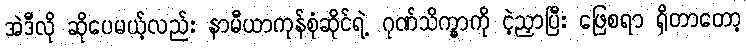
အဲဒီလို ဆိုပေမယ့်လည်း နာမီယာကုန်စုံဆိုင်ရဲ့ ဂုဏ်သိက္ခာကို ငဲ့ညှာပြီး ဖြေစရာ ရှိတာတော့